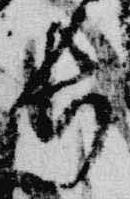
長